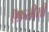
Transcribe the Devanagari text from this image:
ऍफ़सीसी